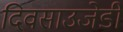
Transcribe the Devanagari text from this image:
दिवसाउजेडी